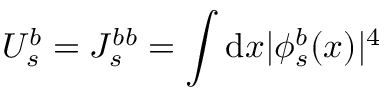
U _ { s } ^ { b } = J _ { s } ^ { b b } = \int \mathrm { d } x | \phi _ { s } ^ { b } ( x ) | ^ { 4 }